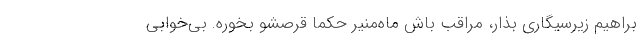
براهيم زير‌سيگاري بذار، مراقب باش ماه‌منير حکما قرصشو بخوره. بي‌خوابي